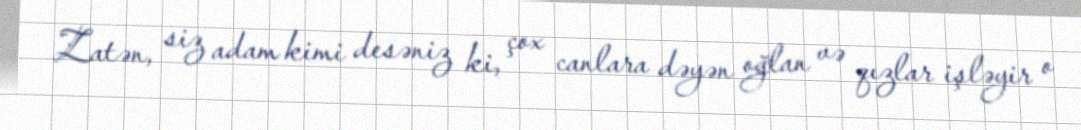
Zatən, siz adam kimi desəniz ki, çox canlara dəyən oğlan və qızlar işləyir o